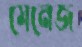
মেনেজ